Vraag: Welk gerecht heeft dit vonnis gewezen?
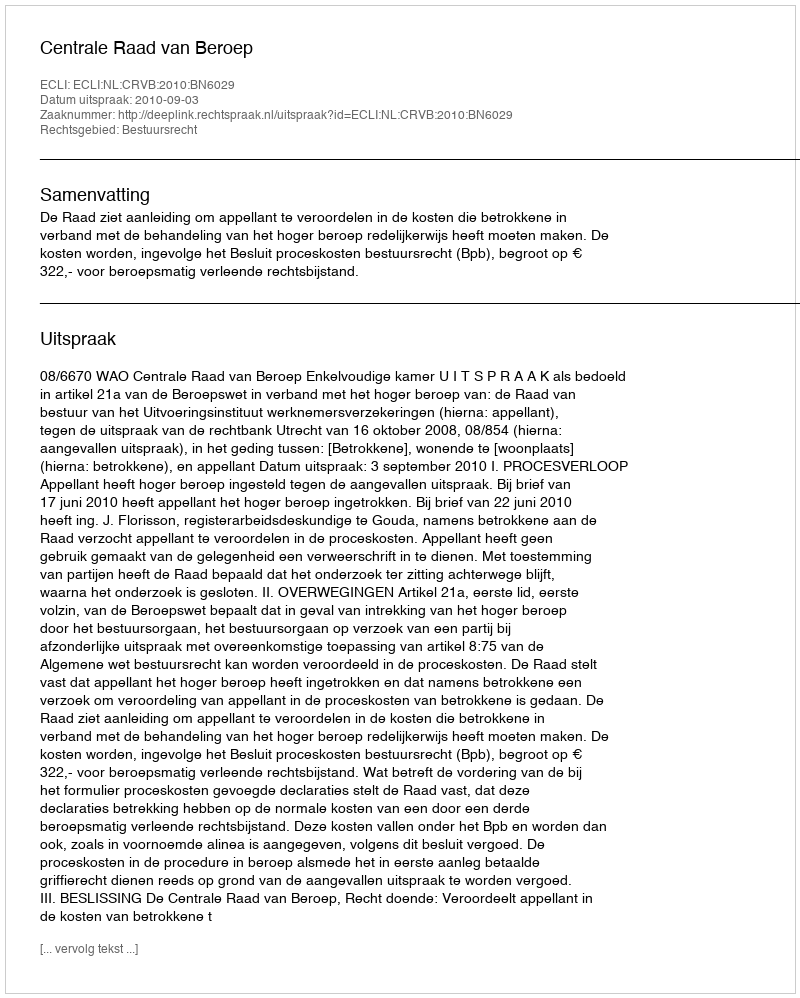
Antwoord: Centrale Raad van Beroep